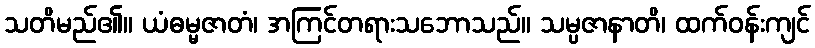
သတိမည်၏။ ယံဓမ္မဇာတံ၊ အကြင်တရားသဘောသည်။ သမ္ပဇာနာတိ၊ ထက်ဝန်းကျင်